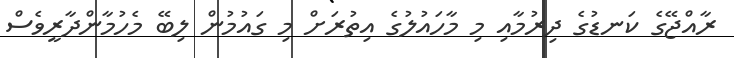
ރާއްޖޭގެ ކަނޑުގެ ދިރުމާއި މި މާހައުލުގެ އިތުރަށް މި ގައުމުން ލިބޭ މެހުމާންދާރީވެސް